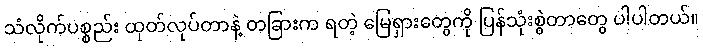
သံလိုက်ပစ္စည်း ထုတ်လုပ်တာနဲ့ တခြားက ရတဲ့ မြေရှားတွေကို ပြန်သုံးစွဲတာတွေ ပါပါတယ်။